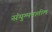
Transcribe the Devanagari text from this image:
संयुग्मनातील